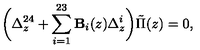
\biggl ( \Delta _ { z } ^ { 2 4 } + \sum _ { i = 1 } ^ { 2 3 } { \bf B } _ { i } ( z ) \Delta _ { z } ^ { i } \biggr ) \tilde { \Pi } ( z ) = 0 ,